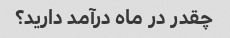
چقدر در ماه درآمد دارید؟